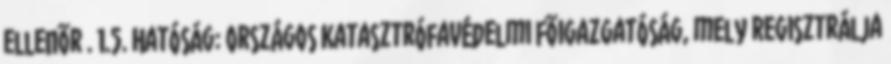
ellenõr . 1.5. Hatóság: Országos Katasztrófavédelmi Fõigazgatóság, mely regisztrálja